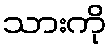
သားကို